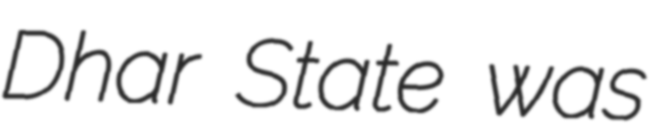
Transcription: Dhar State was